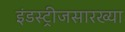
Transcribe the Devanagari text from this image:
इंडस्ट्रीजसारख्या